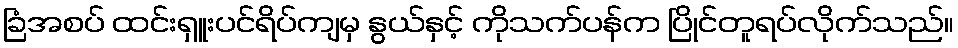
ခြံအစပ် ထင်းရှူးပင်ရိပ်ကျမှ နွယ်နှင့် ကိုသက်ပန်က ပြိုင်တူရပ်လိုက်သည်။